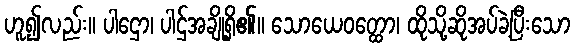
ဟူ၍လည်း။ ပါဌော၊ ပါဌ်အချို့ရှိ၏။ သောယေဝတ္ထော၊ ထိုသို့ဆိုအပ်ခဲ့ပြီးသော